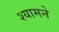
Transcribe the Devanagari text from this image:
श्यामने